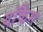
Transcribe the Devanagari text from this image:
याॅकैम